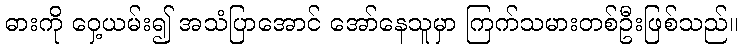
ဓားကို ဝှေ့ယမ်း၍ အသံပြာအောင် အော်နေသူမှာ ကြက်သမားတစ်ဦးဖြစ်သည်။